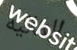
الماليه